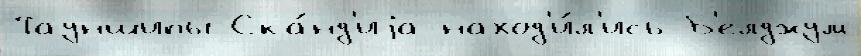
Тауншипы Ска́нд'иjа наход'и́л'ись Б'елджум